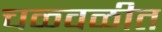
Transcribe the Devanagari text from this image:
चळ्वळीत